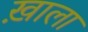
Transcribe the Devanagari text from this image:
ख़ाला